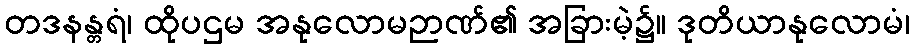
တဒနန္တရံ၊ ထိုပဌမ အနုလောမဉာဏ်၏ အခြားမဲ့၌။ ဒုတိယာနုလောမံ၊